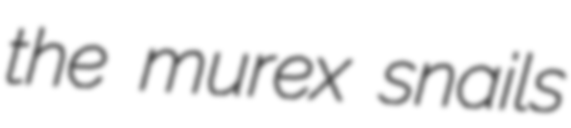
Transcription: the murex snails